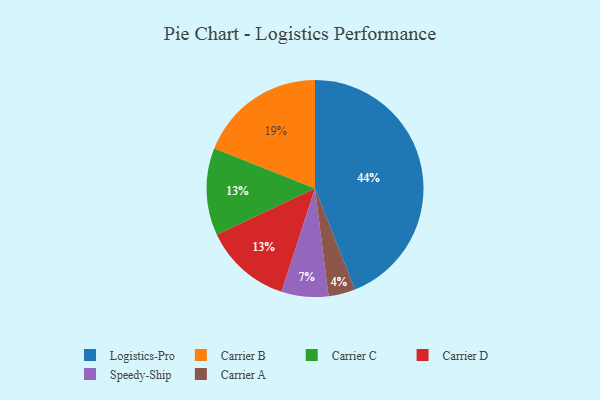
{"axis": {"x": "Category", "y": "Percentage"}, "legend": ["Carrier A", "Carrier B", "Carrier C", "Carrier D", "Logistics-Pro", "Speedy-Ship"], "data": [{"x": "Carrier B", "y": 19, "type": "Carrier B"}, {"x": "Logistics-Pro", "y": 44, "type": "Logistics-Pro"}, {"x": "Carrier C", "y": 13, "type": "Carrier C"}, {"x": "Carrier A", "y": 4, "type": "Carrier A"}, {"x": "Carrier D", "y": 13, "type": "Carrier D"}, {"x": "Speedy-Ship", "y": 7, "type": "Speedy-Ship"}]}